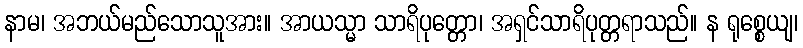
နာမ၊ အဘယ်မည်သောသူအား။ အာယသ္မာ သာရိပုတ္တော၊ အရှင်သာရိပုတ္တရာသည်။ န ရုစ္စေယျ၊